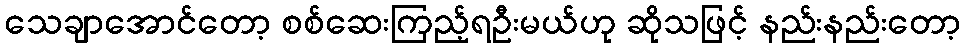
သေချာအောင်တော့ စစ်ဆေးကြည့်ရဦးမယ်ဟု ဆိုသဖြင့် နည်းနည်းတော့